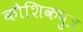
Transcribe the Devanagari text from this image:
कौशिकपुत्र